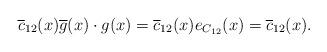
LaTeX: \begin{align*}\overline c_{12}(x)\overline g(x)\cdot g(x)=\overline c_{12}(x) e_{C_{12}}(x)=\overline c_{12}(x).\end{align*}